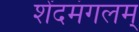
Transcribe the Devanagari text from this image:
शेंदमंगलम्